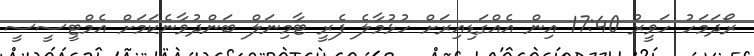
ރޯދަމަހު ހަވީރު 17:40 އިން އެއްގަޑިއިރަށް ހުޅުމާލެ ފެރީ ޓާމިނަލް ބަންދުވާނެކަމަށް އެމްޓީސީސީ